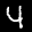
Label: 4